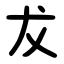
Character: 犮